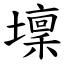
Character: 壈